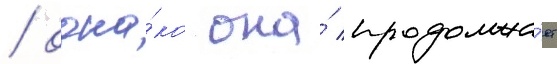
/ одна́ко она́ продолжа́ет